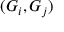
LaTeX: ( G _ { i } , G _ { j } )